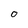
Character: O